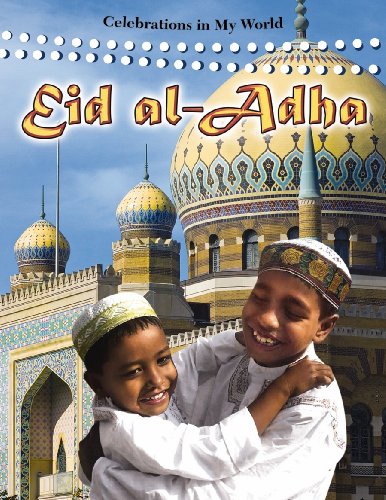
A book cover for Eid Al-Adha (Celebrations in My World); Robert Walker; Children's Books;